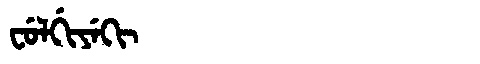
Manchu: ᠸᡠᠯᡤᡳᠶᡝᡴᡳ
Romanization: FULGIYEKI